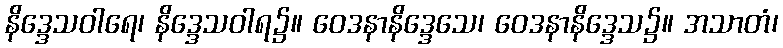
နိဒ္ဒေသဝါရေ၊ နိဒ္ဒေသဝါရ၌။ ဝေဒနာနိဒ္ဒေသေ၊ ဝေဒနာနိဒ္ဒေသ၌။ အသာတံ၊